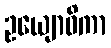
ဥယျောဓိကာ